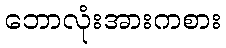
ဘောလုံးအားကစား